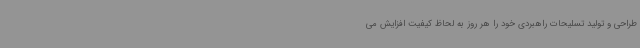
طراحی و تولید تسلیحات راهبردی خود را هر روز به لحاظ کیفیت افزایش می